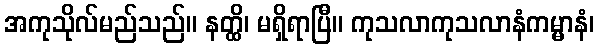
အကုသိုလ်မည်သည်။ နတ္ထိ၊ မရှိရာပြီ။ ကုသလာကုသလာနံကမ္မာနံ၊